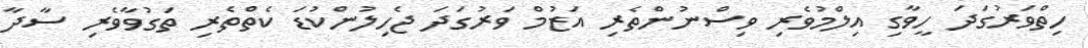
ހިތްވަރުގަދަ ހީވާގި އިލްމުވެރި ވިސްނުންތެރި އަޒުމް ވަރުގަދަ ޖެހިލުންކުޑަ ކެތްތެރި ތަގުވާވެރި ސާދާ